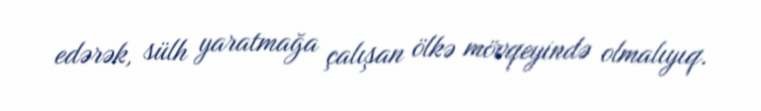
edərək, sülh yaratmağa çalışan ölkə mövqeyində olmalıyıq.